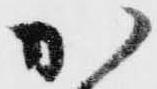
加